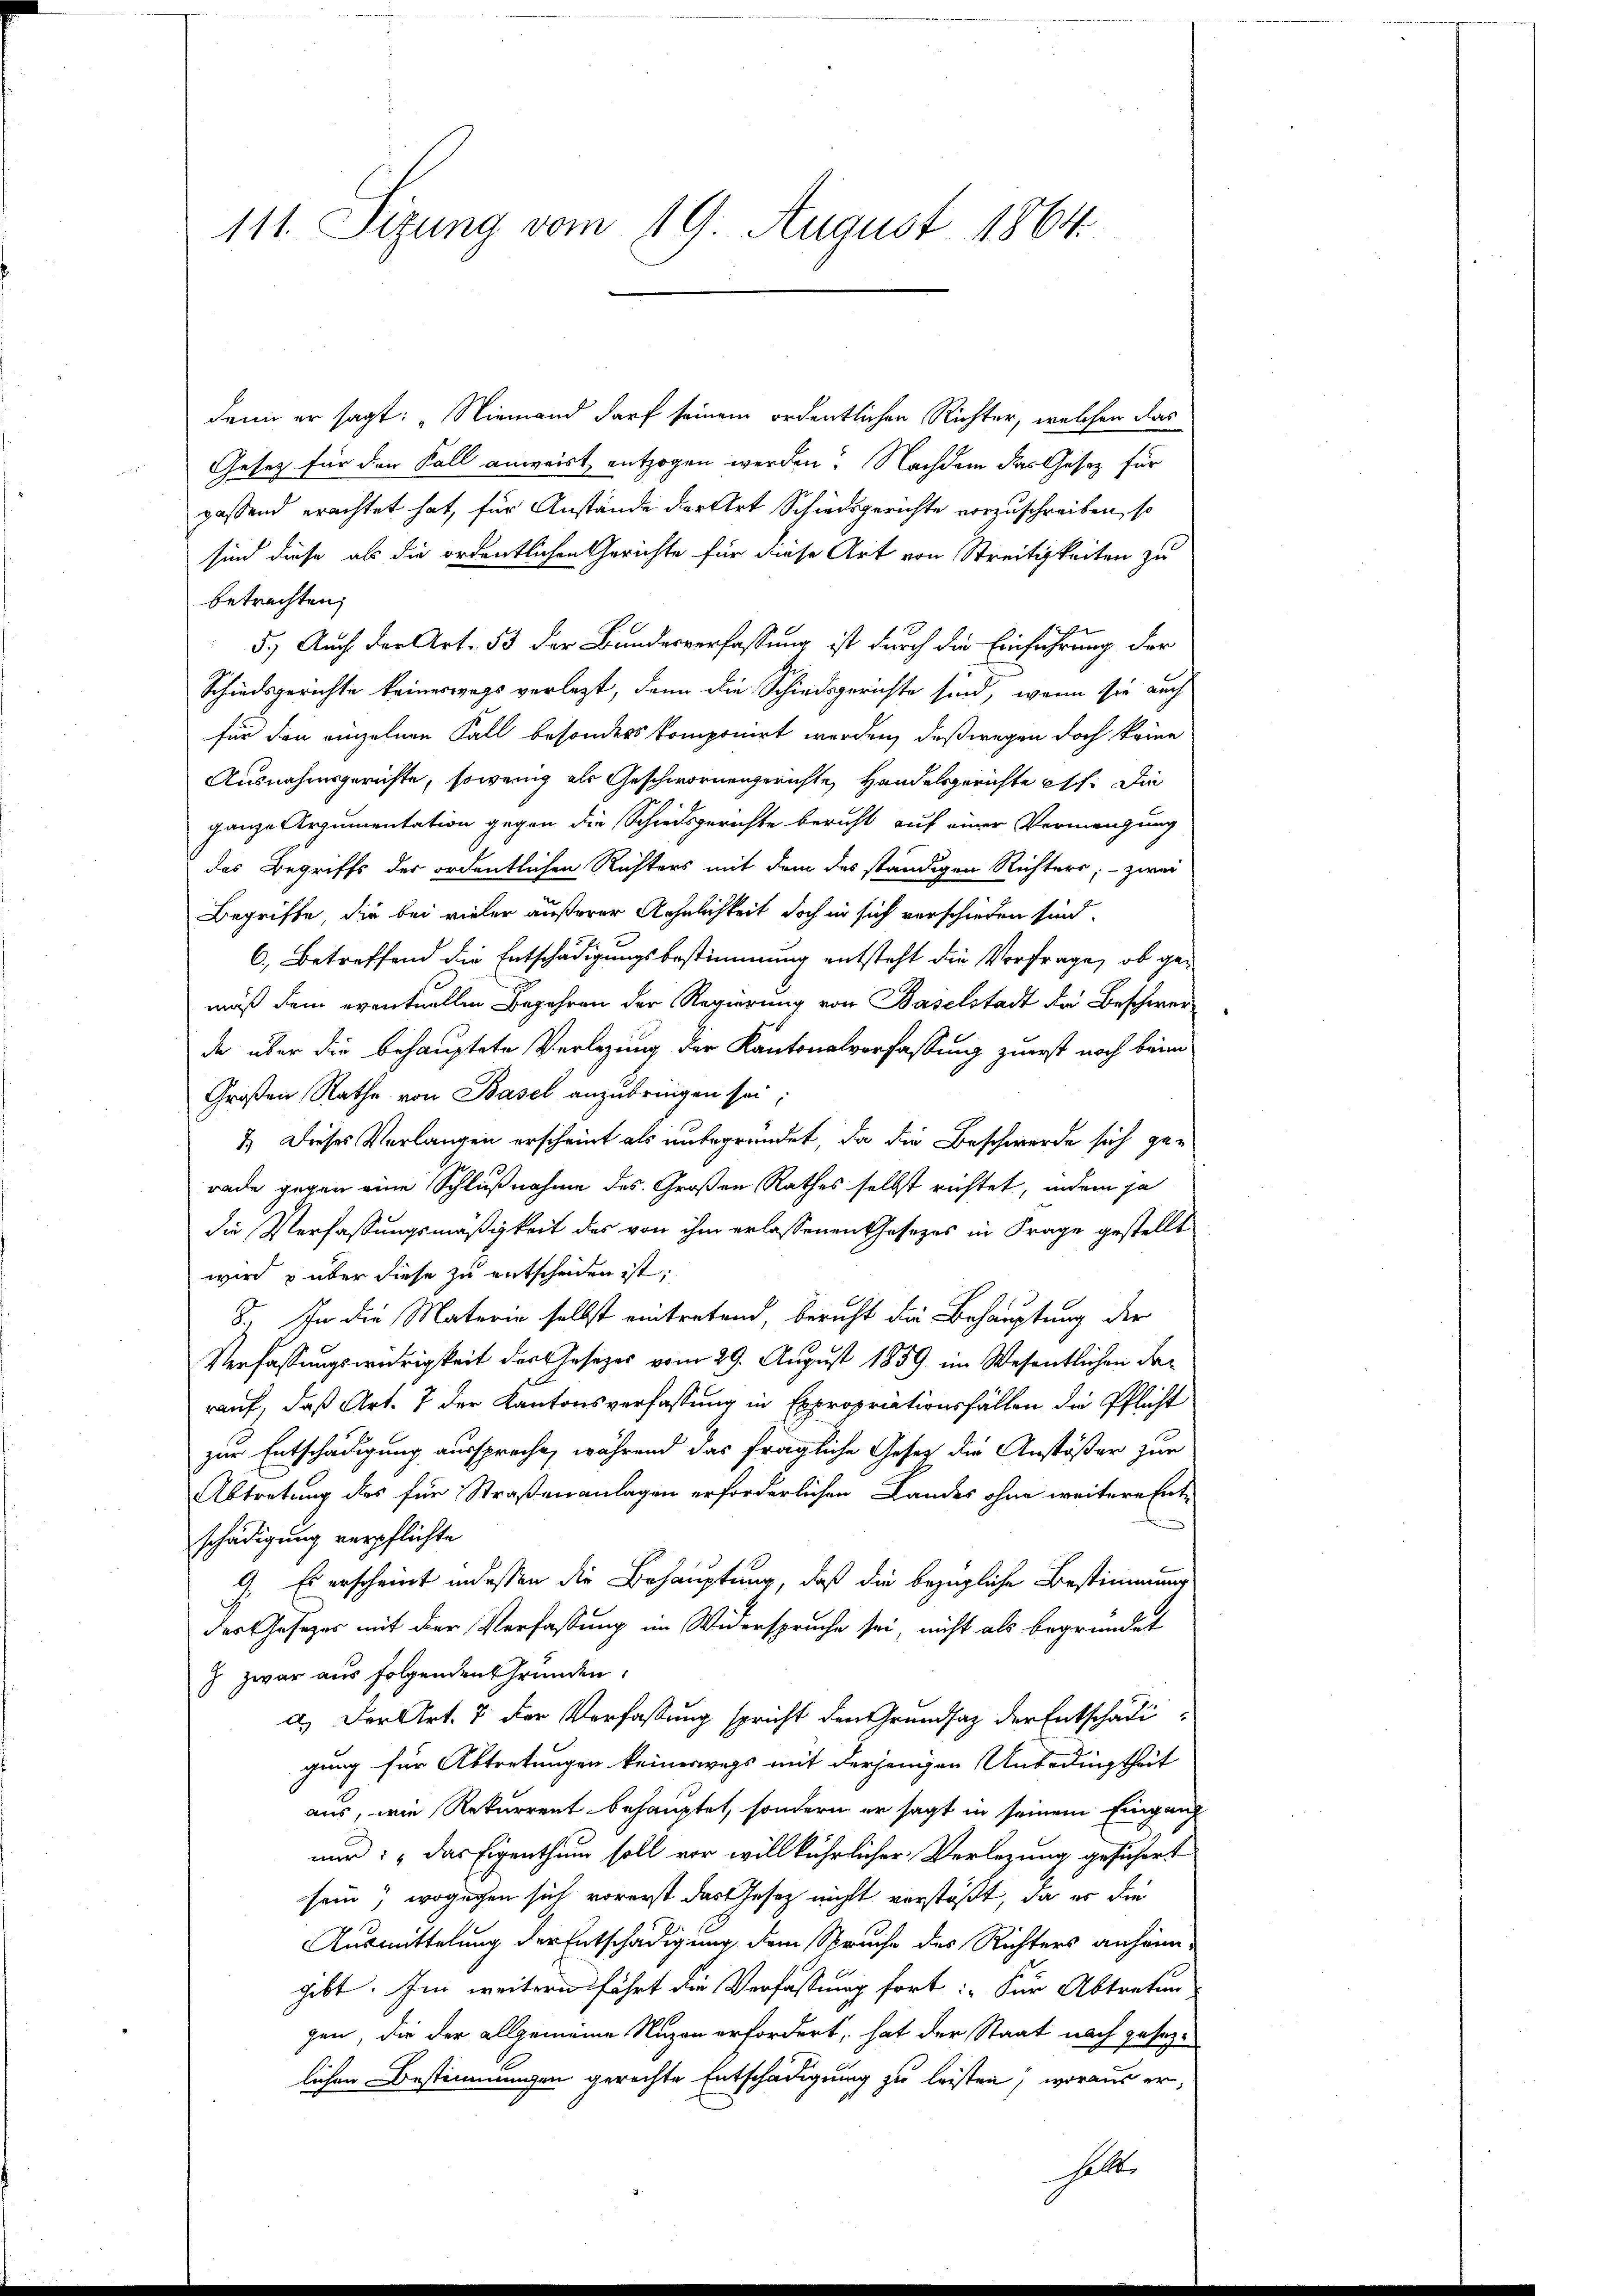
111. Sizung vom 19. August 1864.

denn er sagt: „Niemand darf seinem ordentlichen Richter, welchen das
Gesetz für den Fall anweist entzogen werden. Nachdem das Gesetz für
passend erachtet hat, für Anstände der Art Schiedsgerichte vorzuschreiben, so
sind diese als die ordentlichen Gerichte für diese Art von Streitigkeiten zu
betrachten;
5.) Auch der Art. 53 der Bundesverfassung ist durch die Einführung der
Schiedsgerichte keineswegs verlegt, denn die Schiedsgerichte sind, wenn sie auch
für den einzelnen Fall besonders komponirt worden, daß wegen doch keine
Ausnahmsgerichte, sowenig als Geschwornengerichte Handelsgerichte etc. Die
ganze Argumentation gegen die Schiedsgerichte bericht auf einer Vermengung
des Begriffs der ordentlichen Richters mit dem des ständigen Richters, – zwei
Begriffe, die bei vieler äußerer Aehnlichkeit doch in sich verschieden sind.
6. Betreffend die Entschädigungsbestimmung entsteht die Vorfrage, ob gemuß dem eventuellen Begehren der Regierung von Baselstadt der Beschwerde über die behauptete Verlegung der Kantonalverfassung zuerst noch beim
Großen Rathe von Basel anzubringen sei;
1.) Dieses Verlangen erscheint als unbegründet, da die Beschwerde sich gerade gegen eine Schlußnahme des Großen Rathes selbst richtet, indem ja
die Verfassungsmäßigkeit des von ihm erlassenen Gesetzes in Frage gestellt
wird & über diese zu entscheiden ist;
8. In die Materie selbst eintretend, bericht die Behauptung der
Verfassungswidrigkeit der Gesetzes vom 29. August 1859 im Wesentlichen da
rauf, daß Art. 7 der Kantonsverfassung in Expropriationsfällen die Pflicht
zur Entschädigung ausspreche, während das fragliche Gesetz die Anstößer zur
Abtretung des für Straßenanlagen erforderlichen Landes ohne weitere Entschädigung verpflichte
9. Es erscheint indessen die Behauptung, daß die bezügliche Bestimmung
der Gesezes mit der Verfassung im Widerspruche sei, nicht als begründet
 zwar aus folgenden Grunden.
a.) Der Art. 7 der Verfassung spricht den Grundsatz der Entschädigung für Abtretungen keineswegs mit derjenigen Unbedingtheit
aus, wie Rekurrent behauptet, sondern er sagt in seinem Eingang
nur: „Das Eigenthum soll vor willkührlicher Verlegung gesichert
sein, wogegen sich vorerst das Gesetz nicht verstößt, da es die
Ausmittelung der Entschädigung dem Spruche des Richters anhönn-
hebt. Im weitern fährt die Verfassung fort: „Für Abtretun
gen, die der allgemeine Nuzen erfordert, hat der Staat nach gesezlichen Bestimmungen gerechte Entschädigung zu leisten, woraus er,
halte